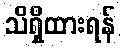
သိရှိထားရန်